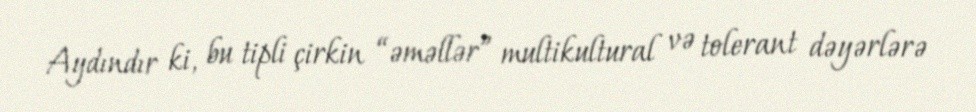
Aydındır ki, bu tipli çirkin “əməllər” multikultural və tolerant dəyərlərə